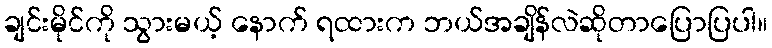
ချင်းမိုင်ကို သွားမယ့် နောက် ရထားက ဘယ်အချိန်လဲဆိုတာပြောပြပါ။